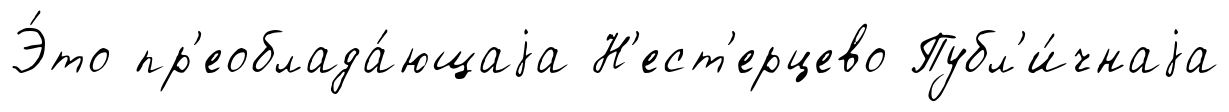
Э́то пр'еоблада́ющаjа Н'ест'ерцево Публ'и́чнаjа